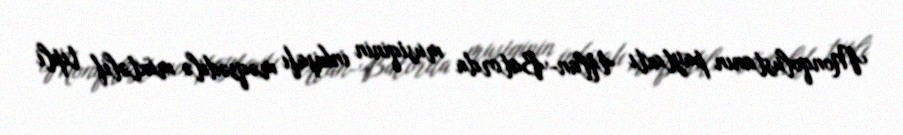
Monqolustanın paytaxtı Ulan-Batorda musiqinin inkişafı məqsədilə müxtəlif tipli